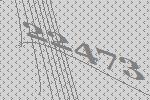
22473